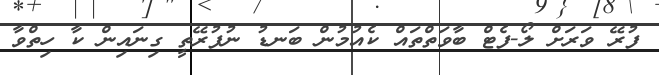
ފުރޭ ވަރަށް ލޯ-ފެޓް ބާވަތްތައް ކެއުމުން ބަނޑު ނުފުރޭތީ ގިނައިން ކާ ހިތްވާ